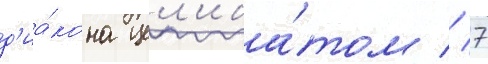
д'иа́кона цел'иба́том // 7